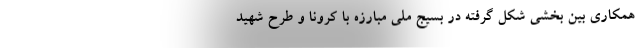
همکاری بین بخشی شکل گرفته در بسیج ملی مبارزه با کرونا و طرح شهید